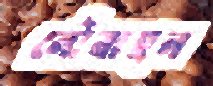
নৌবাহন